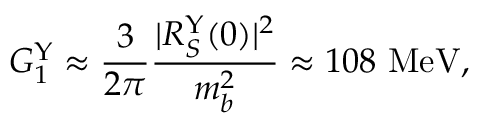
G _ { 1 } ^ { \Upsilon } \approx { \frac { 3 } { 2 \pi } } { \frac { \vert R _ { S } ^ { \Upsilon } ( 0 ) \vert ^ { 2 } } { m _ { b } ^ { 2 } } } \approx 1 0 8 ~ \mathrm { M e V } ,